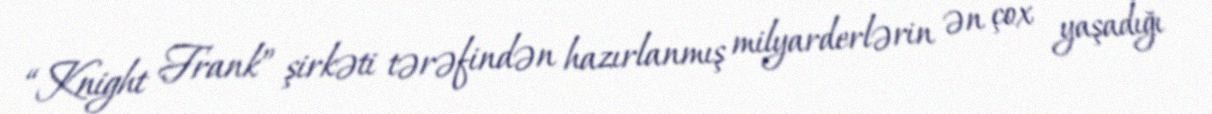
“Knight Frank” şirkəti tərəfindən hazırlanmış milyarderlərin ən çox yaşadığı